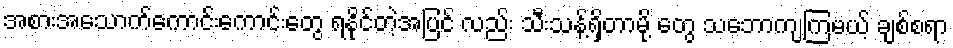
အစားအသောက်ကောင်းကောင်းတွေ ရနိုင်တဲ့အပြင် လည်း သီးသန့်ရှိတာမို့ တွေ သဘောကျကြမယ့် ချစ်စရာ